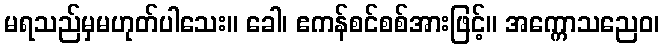
မရသည်မှမဟုတ်ပါသေး။ ခေါ၊ ဧကန်စင်စစ်အားဖြင့်။ အက္ကောသညေဝ၊